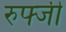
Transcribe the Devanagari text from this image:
रुफ्जी